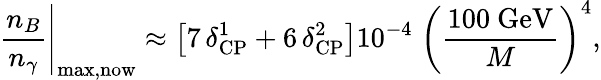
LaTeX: \left.\frac{n_{B}}{n_{\gamma}}\right|_{\mathrm{max,now}}\approx\left[7\, \delta_{\mathrm{CP}}^{1}+6\, \delta_{\mathrm{CP}}^{2}\right]10^{-4}\; \left(\frac{100\mathrm{~GeV}}{M}\right)^{4},